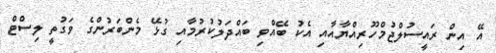
އޭ އިން ރައީސުލްޖުމްހޫރިއްޔާއާއި އެކު ބޭއްވި ބައްދަލުކުރުމާއި ގުޅޭ މެންބަރުންގެ ވަގުތީ ލިސްޓް